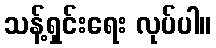
သန့်ရှင်းရေး လုပ်ပါ။